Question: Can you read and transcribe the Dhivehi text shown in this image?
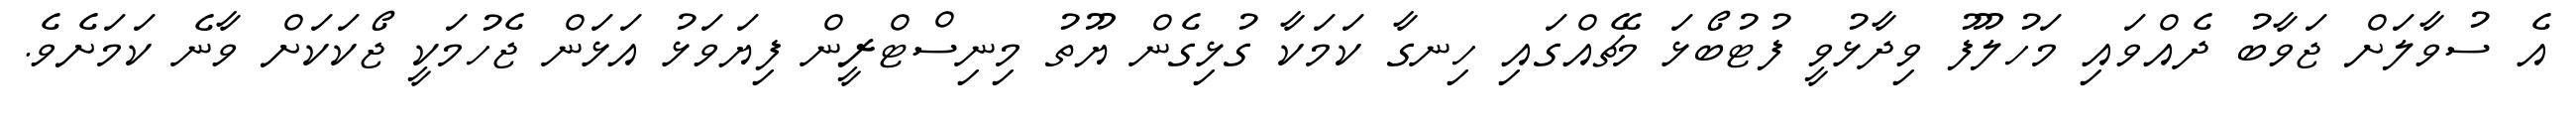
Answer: އެ ސުވާލަށް ޖަވާބު ދެއްވައި މަހުލޫފު ވިދާޅުވީ ފުޓުބޯޅަ މެޗެއްގައި ހިނގާ ކަމަކާ ގުޅިގެން ޔޫތު މިނިސްޓްރީން ފިޔަވަޅު އަޅަން ޖެހުމަކީ ޖޯކަކަށް ވާނެ ކަމަށެވެ.